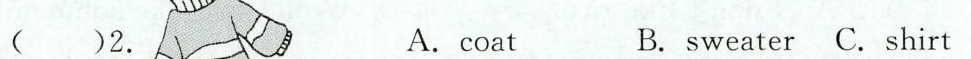
( )2. A.coat B.sweater C.shirt